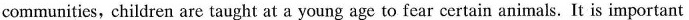
communities，children are taught at a young age to fear certain animals. It is important